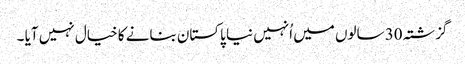
گزشتہ 30 سالوں میں اُنہیں نیا پاکستان بنانے کا خیال نہیں آیا ۔